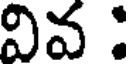
వివ :